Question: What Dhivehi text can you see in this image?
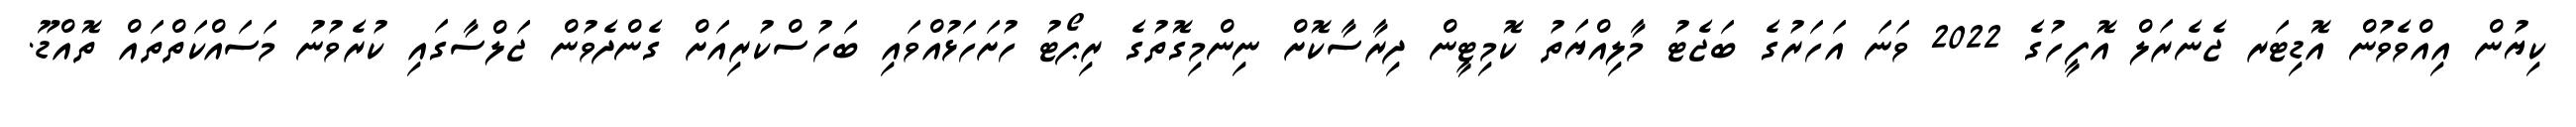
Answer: ކިޔުން އިއްވެވުން އޮޑިޓަރ ޖެނެރަލް އޮފީހުގެ 2022 ވަނަ އަހަރުގެ ބަޖެޓު މާލިއްޔަތު ކޮމިޓީން ދިރާސާކޮށް ނިންމިގޮތުގެ ރިޕޯޓު ހުށަހަޅުއްވައި ބަހުސްކުރިއަށް ގެންދެވުން ޖަލްސާގައި ކުރެވުނު މަސައްކަތްތައް ތޮއްޑޫ.